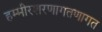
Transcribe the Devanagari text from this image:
हम्मीरशरणागतणागत